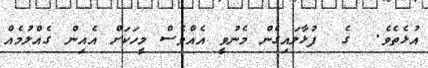
އުޅެތެވެ.  ގެ  ފުޅާލައިގެން މެނުވީ އެއްވެސް މީހަކަށް އެއިން ގެއްލުމެއް